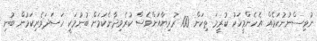
ނުވިސްނުނުކަމެއް އެހެންމީހަކު ކުރީމަ ތިކަން 100 ރުރިޔާއަށްވެސް ކުރެވިދާނެކަމަށް ބުނުމަކީ ހަސަދަވެރިކަމުން ބުނި